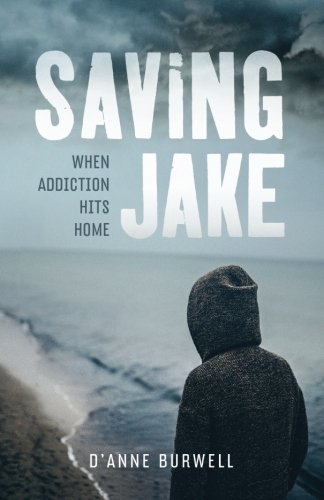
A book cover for Saving Jake: When Addiction Hits Home; D'Anne Burwell; Health, Fitness & Dieting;